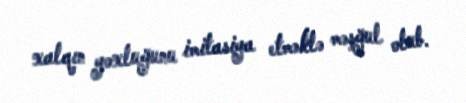
xalqın yoxluğunu imitasiya etməklə məşğul olub.